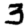
Digit: 3